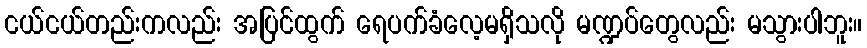
ငယ်ငယ်တည်းကလည်း အပြင်ထွက် ရေပက်ခံလေ့မရှိသလို မဏ္ဍပ်တွေလည်း မသွားပါဘူး။